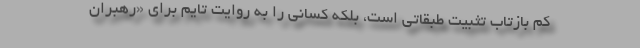
کم بازتاب تثبیت طبقاتی است، بلکه کسانی را به روایتِ تایم برای «رهبران